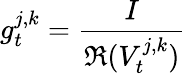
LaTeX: g_{t}^{j,k}=\frac{I}{\mathfrak R(V_{t}^{j,k})}